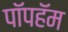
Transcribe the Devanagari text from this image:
पॉपहॅम